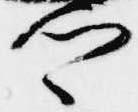
卿